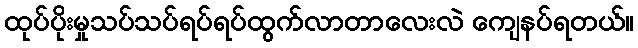
ထုပ်ပိုးမှုသပ်သပ်ရပ်ရပ်ထွက်လာတာလေးလဲ ကျေနပ်ရတယ်။